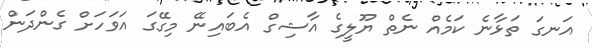
އަނގަ ތަޅާނެ ކަމެއް ނެތް ޔޫލީގެ އާޝިގް އެބައިނޭ މިގޭގަ އަވަހަށް ގެންދަން